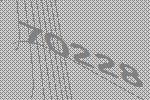
70228